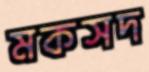
মকসদ